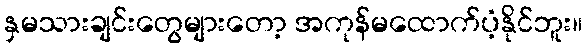
နှမသားချင်းတွေများတော့ အကုန်မထောက်ပံ့နိုင်ဘူး။